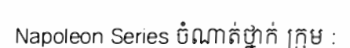
Napoleon Series ចំណាត់ថ្នាក់ ក្រុម :